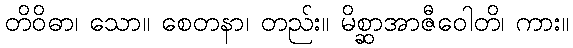
တိဝိဓာ၊ သော။ စေတနာ၊ တည်း။ မိစ္ဆာအာဇီဝေါတိ၊ ကား။